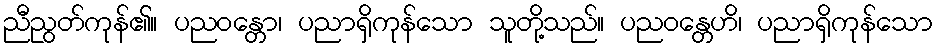
ညီညွတ်ကုန်၏။ ပညဝန္တော၊ ပညာရှိကုန်သော သူတို့သည်။ ပညဝန္တေဟိ၊ ပညာရှိကုန်သော